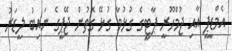
އެމްޑީޕީ އާއި ޖުމްހޫރީ ޕާޓީގެ ގުޅުމާ ގުޅޭ ގޮތުން ޖޭޕީގެ ނައިބު ލީޑަރު